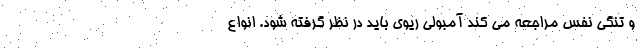
و تنگی نفس مراجعه می کند آمبولی ریوی باید در نظر گرفته شود. انواع